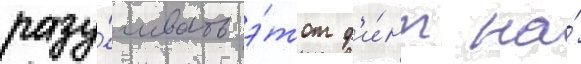
разу́чивать э́тот ф'и́нт на́